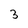
Character: 3